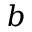
b